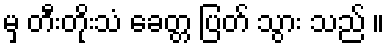
မှ တီးတိုးသံ ခေတ္တ ပြတ် သွား သည် ။